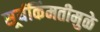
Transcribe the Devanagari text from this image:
सूर्यकिंमतीमुळे